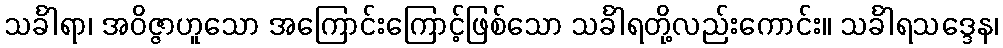
သင်္ခါရာ၊ အဝိဇ္ဇာဟူသော အကြောင်းကြောင့်ဖြစ်သော သင်္ခါရတို့လည်းကောင်း။ သင်္ခါရသဒ္ဒေန၊